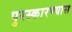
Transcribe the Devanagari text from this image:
पुरस्कारण्यास